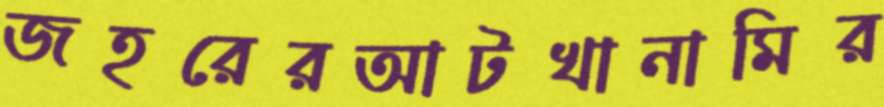
জহরেরআটখানামির